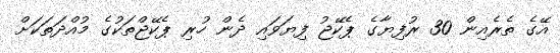
އޭގެ ތެރެއިން 30 ރުފިޔާގެ ޕެކޭޖު ފިޔަވައި ދެން ހުރި ޕެކޭޖްތަކުގެ މުއްދަތަކަށް